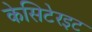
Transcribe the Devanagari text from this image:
केसिटेरइट